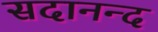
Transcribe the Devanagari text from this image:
सदानन्‍द